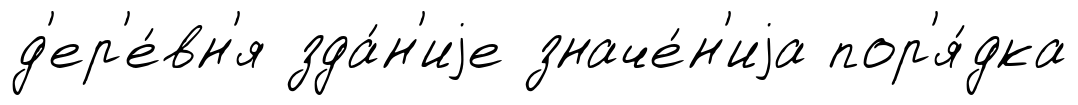
д'ер'е́вн'я зда́н'иjе значе́н'иjа пор'я́дка